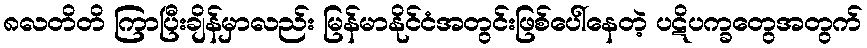
၈လတိတိ ကြာပြီးချိန်မှာလည်း မြန်မာနိုင်ငံအတွင်းဖြစ်ပေါ်နေတဲ့ ပဋိပက္ခတွေအတွက်